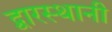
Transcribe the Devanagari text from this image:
द्वारस्थानी